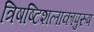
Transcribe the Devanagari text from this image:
त्रिषष्टिशलाकापुरुष